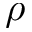
\rho